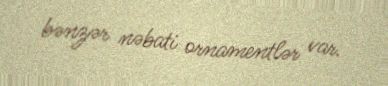
bənzər nəbati ornamentlər var.